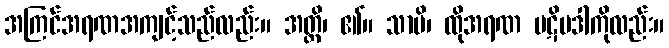
အကြင်အရဏအကျင့်သည်လည်း။ အတ္ထိ၊ ၏။ သာပိ၊ ထိုအရဏ ပဋိပဒါကိုလည်း။